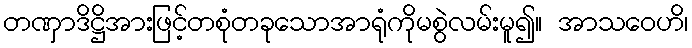
တဏှာဒိဋ္ဌိအားဖြင့်တစုံတခုသောအာရုံကိုမစွဲလမ်းမူ၍။ အာသဝေဟိ၊